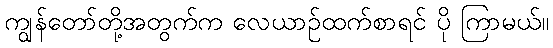
ကျွန်တော်တို့အတွက်က လေယာဉ်ထက်စာရင် ပို ကြာမယ်။